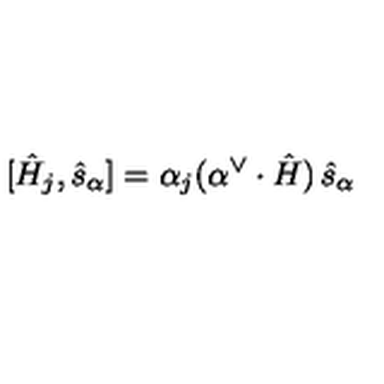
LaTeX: [ \hat { H } _ { j } , \hat { s } _ { \alpha } ] = \alpha _ { j } ( \alpha ^ { \vee } \cdot \hat { H } ) \thinspace \hat { s } _ { \alpha }